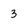
Character: 3